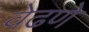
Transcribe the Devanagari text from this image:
वेढणे